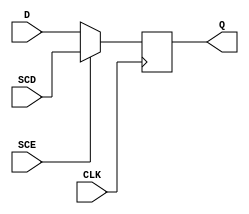
/*
`ifndef SKY130_FD_SC_HD__SDFXTP_FUNCTIONAL_V
`define SKY130_FD_SC_HD__SDFXTP_FUNCTIONAL_V

`timescale 1ns / 1ps
`default_nettype none
*/

/*
module sky130_fd_sc_hd__sdfxtp_1 (
  input D,
  input SCD,
  input SCE,
  input CLK,
  output Q
  
);
*/
module sky130_fd_sc_hd__sdfxtp_1 (
    Q  ,
    CLK,
    D  ,
    SCD,
    SCE
);

    output Q  ;
    input  CLK;
    input  D  ;
    input  SCD;
    input  SCE;

//------------Internal Variables--------
reg q_reg;
wire mux_out;
assign mux_out = (SCE == 1'b1)? SCD : D;
//-------------Code Starts Here---------
always @ ( posedge CLK)
       begin
	     q_reg <= mux_out;
       end
 
assign Q = q_reg;

endmodule

/*
`default_nettype wire
`endif  // SKY130_FD_SC_HD__SDFXTP_FUNCTIONAL_V
*/